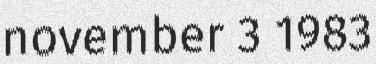
november 3 1983